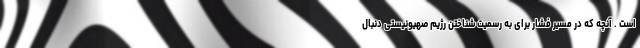
است . آنچه که در مسیر فشار برای به رسمیت شناختن رژیم صهیونیستی دنبال